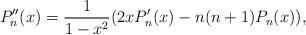
LaTeX: \begin{align*} P''_n(x) =\frac{1}{1-x^2}(2xP'_n(x) -n(n+1)P_n(x)), \end{align*}